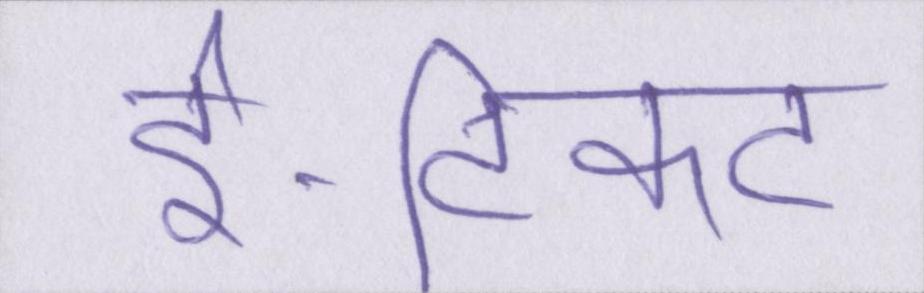
ई-टिकट